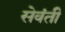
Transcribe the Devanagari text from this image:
सेवंती